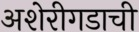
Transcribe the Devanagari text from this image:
अशेरीगडाची